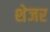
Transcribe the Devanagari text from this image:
शेजर